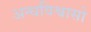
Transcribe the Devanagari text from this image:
अन्धविश्वासो